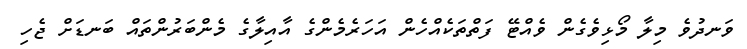
ވަނދުވެ މިލާ މޯޅިވެގެން ވެއްޓޭ ފަތްތަކެއްހެން އަހަރެމެންގެ އާއިލާގެ މެންބަރުންތައް ބަނޑަށް ޖެހި